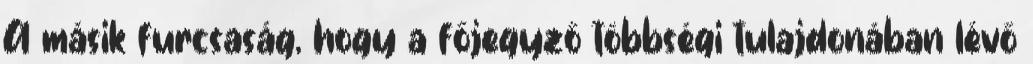
A másik furcsaság, hogy a főjegyző többségi tulajdonában lévő